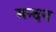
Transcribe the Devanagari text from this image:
मन्दन